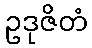
ဥဒုဇိတံ